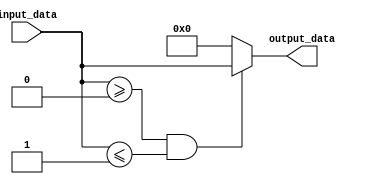
module Generate_Param_Module #(
  parameter PARAM1 = 0,
  parameter PARAM2 = 1
) (
  input [7:0] input_data,
  output reg [7:0] output_data
);

// Module functionality to generate instances based on parameter values
always @* begin
  if (input_data >= PARAM1 && input_data <= PARAM2) begin
    output_data = input_data;
  end else begin
    output_data = 0;
  end
end

endmodule